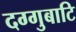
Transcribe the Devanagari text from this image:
दग्गुबाटि